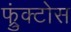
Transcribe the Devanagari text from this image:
फ्रुंक्टोस